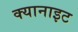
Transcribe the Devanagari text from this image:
क्यानाइट